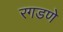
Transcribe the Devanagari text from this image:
रगडणे